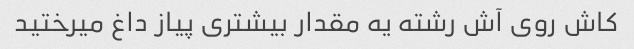
کاش روی آش رشته یه مقدار بیشتری پیاز داغ میرختید